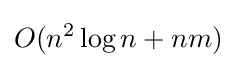
O(n^{2}\log n+nm)